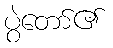
ပွဲတော်၏